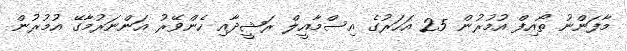
މާފަންނު ތޯއިފް އުމުރުން 25 އަހަރުގެ އިސްމާއީލް ރަޝީދާއި ހެންވޭރު އަންނަރުމާގޭ އުމުރުން